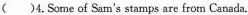
( )4.Some of Sam's stamps are from Canada.